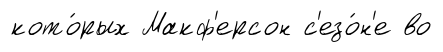
кото́рых Макф'ерсон с'езо́н'е во